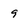
Character: 9